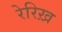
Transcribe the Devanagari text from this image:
रेरिख़